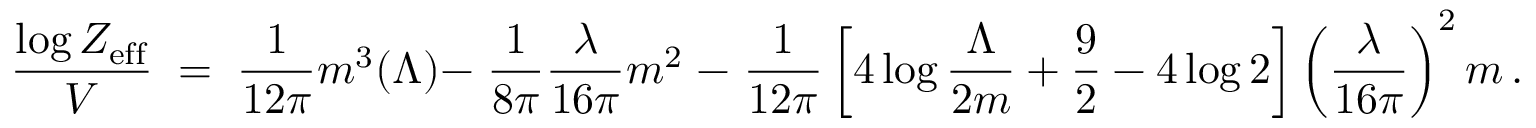
{ \frac { \log { \cal Z } _ { \mathrm { e f f } } } { V } } \; = \; { \frac { 1 } { 1 2 \pi } } m ^ { 3 } ( \Lambda ) - \; { \frac { 1 } { 8 \pi } } { \frac { \lambda } { 1 6 \pi } } m ^ { 2 } \; - \; { \frac { 1 } { 1 2 \pi } } \left[ 4 \log { \frac { \Lambda } { 2 m } } + { \frac { 9 } { 2 } } - 4 \log 2 \right] \left( { \frac { \lambda } { 1 6 \pi } } \right) ^ { 2 } m \, .